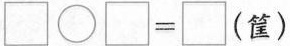
\square\bigcirc \square= \square (筐）